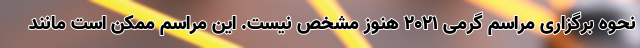
نحوه برگزاری مراسم گرمی ۲۰۲۱ هنوز مشخص نیست. این مراسم ممکن است مانند